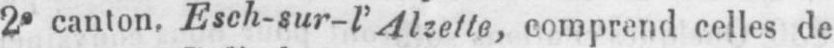
2e canton. Esch-sur-l’Alzette, comprend celles de